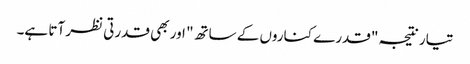
تیار نتیجہ "قدرے کناروں کے ساتھ" اور بھی قدرتی نظر آتا ہے۔